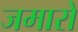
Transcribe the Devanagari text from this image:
जमारो